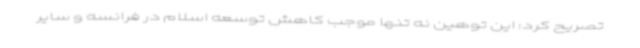
تصریح کرد: این توهین نه تنها موجب کاهش توسعه اسلام در فرانسه و سایر